Vaccination in Bombay 1874-1876 - 1874-1876
Year: 1874
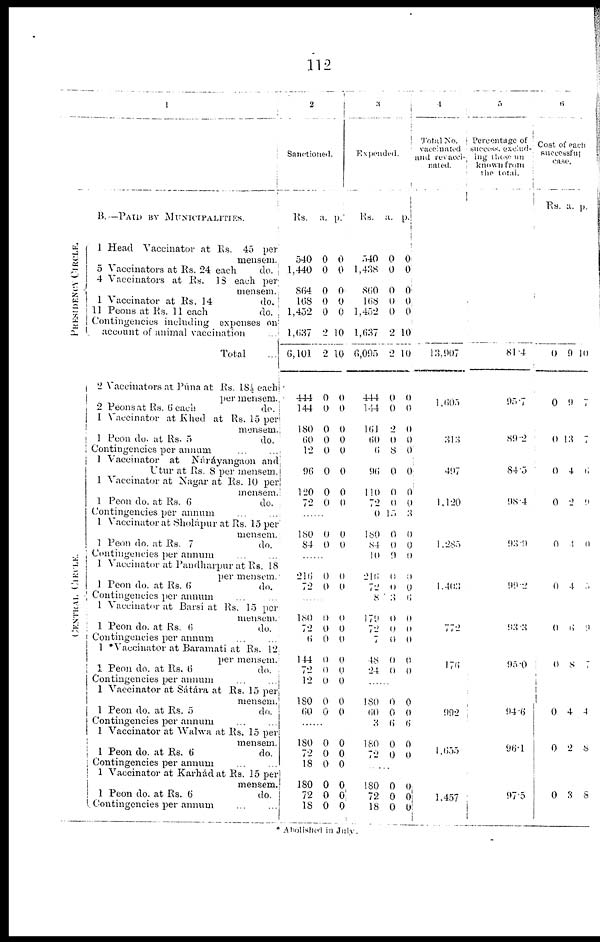
112
1
B.—PAID BY MUNICIPALITIES.
PRESIDENCY CIRCLE.
CENTRAL. CI RCLE.
1 Head Vaccinator at Rs. 45 per
mensem.
5 Vaccinators at Rs. 24 each
do.
4 Vaccinators at Rs.
18 each per
mensem.
1 Vaccinator at Rs. 14
do.
11 Peons at Rs. 11 each
do.
Contingencies including expenses on
account of animal vaccination ...
Total ...
2 Vaccinators at Púna at Rs. 18½ each
per mensem.
2 Peons at Rs. 6 each
do.
1 Vaccinator at Khed at Rs. 15 per
mensem.
1 Peon do. at Rs. 5
do.
Contingencies per annum ... ...
1 Vaccinator at
Náráyangaon and
Utur at Rs. 8 per mensem.
1 Vaccinator at Nagar at Rs. 10 per
mensem.
1 Peon do. at Rs. 6
do.
Contingencies per annum ... ...
1 Vaccinator at Sholápur at Rs. 15 per
mensem.
1 Peon do. at Rs. 7
do.
Contingencies per annum ... ...
1 Vaccinator at Pandharpur at Rs. 18
per mensem.
1 Peon do. at Rs. 6
do.
Contingencies per annum ... ...
1 Vaccinator at Barsi at Rs. 15 per
mensem.
1 Peon do. at Rs. 6
do.
Contingencies per annum ... ...
1 *Vaccinator at Baramati at Rs. 12
per mensem.
1 Peon do. at Rs. 6
do.
Contingencies per annum ... ...
1 Vaccinator at Sátára at Rs. 15 per
mensem.
1 Peon do. at Rs. 5
do.
Contingencies per annum ... ...
1 Vaccinator at Walwa at Rs. 15 per
mensem.
1 Peon do. at Rs. 6
do.
Contingencies per annum ... ...
1 Vaccinator at Karhád at Rs. 15 per
mensem.
1 Peon do. at Rs. 6
do.
Contingencies per annum ... ...
2
Sanctioned.
Rs.
540
1,440
864
168
1,452
1,687
6,101
444
144
180
60
12
96
120
72
a.
0
0
0
0
0
2
2
0
0
0
0
0
0
0
0
p.
0
0
0
0
0
10
10
0
0
0
0
0
0
0
0
......
180
84
0
0
0
0
......
216
72
0
0
0
0
......
180
72
6
144
72
12
180
60
0
0
0
0
0
0
0
0
0
0
0
0
0
0
0
0
......
180
72
18
180
72
18
0
0
0
0
0
0
0
0
0
0
0
0
3
Expended.
Rs.
540
1,438
860
168
1,452
1,637
6,095
444
144
161
60
6
96
110
72
0
180
84
l0
216
72
8
179
72
7
48
24
a.
0
0
0
0
0
2
2
0
0
2
0
8
0
0
0
15
0
0
9
0
0
3
0
0
0
0
0
p.
0
0
0
0
0
10
10
0
0
0
0
0
0
0
0
3
0
0
0
0
0
6
0
0
0
0
0
......
180
60
3
180
72
0
0
6
0
0
0
0
6
0
0
......
180
72
18
0
0
0
0
0
0
4
Total
No.
vaccinated
and revacci-
nated.
13,907
1,605
313
497
1,120
1,285
1,403
772
176
992
1,655
1,457
5
Percentage of
success, exclud-
ing those un
known from
the total.
81.4
95.7
89.2
84.5
98.4
93.9
99.2
93.3
95.0
94.6
96.1
97.5
6
Cost of each
successful
case.
Rs. a. p.
0
0
0
0
0
0
0
0
0
0
0
0
9
9
13
4
2
4
4
6
8
4
2
3
10
7
7
6
9
0
5
9
7
4
8
8
* Abolished in July.